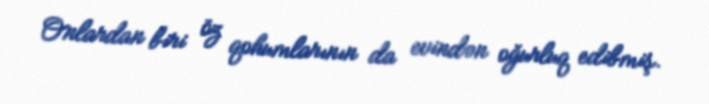
Onlardan biri öz qohumlarının da evindən oğurluq edibmiş.